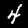
Label: 4